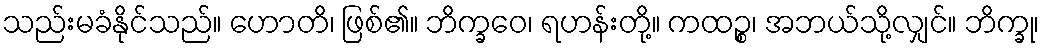
သည်းမခံနိုင်သည်။ ဟောတိ၊ ဖြစ်၏။ ဘိက္ခဝေ၊ ရဟန်းတို့။ ကထဉ္စ၊ အဘယ်သို့လျှင်။ ဘိက္ခု၊